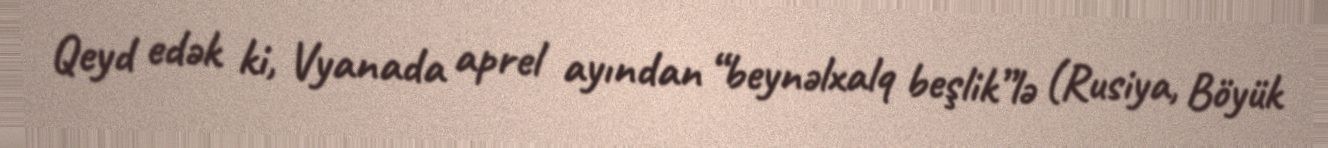
Qeyd edək ki, Vyanada aprel ayından “beynəlxalq beşlik”lə (Rusiya, Böyük